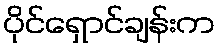
ပိုင်ရှောင်ချန်းက